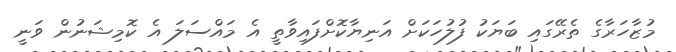
މުޒާހަރާގެ ތެރޭގައި ބަޔަކު ފުލުހަކަށް އަނިޔާކޮށްފައިވާތީ އެ މައްސަލަ އެ ކޮމިޝަނުން ވަނީ